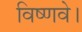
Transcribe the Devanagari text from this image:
विष्णवे।